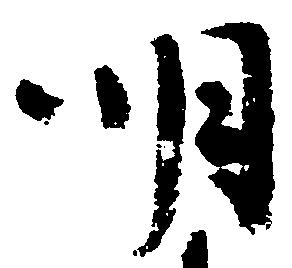
明